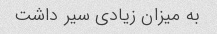
به میزان زیادی سیر داشت